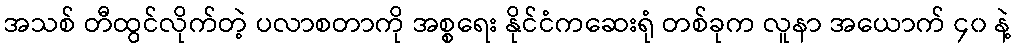
အသစ် တီထွင်လိုက်တဲ့ ပလာစတာကို အစ္စရေး နိုင်ငံကဆေးရုံ တစ်ခုက လူနာ အယောက် ၄၀ နဲ့